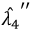
\hat { \lambda _ { 4 } } ^ { \prime \prime }